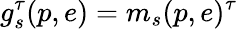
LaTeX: g_{s}^{\tau}(p,e)=m_{s}(p,e)^{\tau}